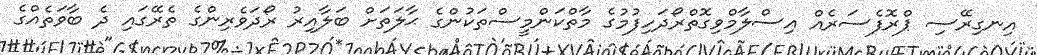
އިނގިރޭސި ޕްރޮފެސަރެއް އިސްލާމްވިގޮތްރޯދަހިފުމުގެ މާތްކަންމީސްތަކުންގެ ޙާލަތަށް ބަލާއިރު ރޯދަވެރިންގެ ތެރޭގައި ދެ ބާވަތެއްގެ